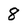
Character: 8